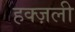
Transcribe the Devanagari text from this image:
हक्ज़ली